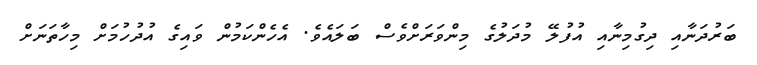
ބަރުދަނާއި ދިގުމިނާއި އުފުލޭ މުދަލުގެ މިންވަރަށްވެސް ބަލައެވެ. އެހެންކަމުން ވައިގެ އުދުހުމަށް މިހާތަނަށް